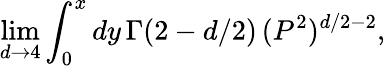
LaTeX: \operatorname*{lim}_{d\rightarrow 4}\int_{0}^{x}dy\, \Gamma(2-d/2)\, (P^{2})^{d/2-2},